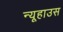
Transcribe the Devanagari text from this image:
न्यूहाउस